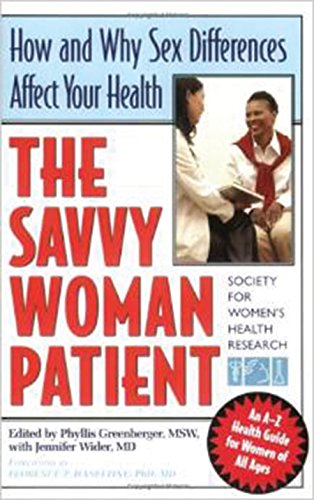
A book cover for The Savvy Woman Patient: How and Why Your Sex Matters to Your Health (Capital Savvy); Phyllis Greenberger; Health, Fitness & Dieting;